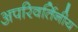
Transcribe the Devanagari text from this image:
अपरिवर्तिनीय